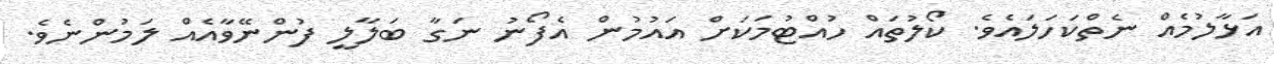
އަޅާލުމެއް ނެތްކަހަލައެވެ. ކޯލުތައް ހުއްޓުމަކަށް އައުމުން އެފޯނު ނަގާ ބަލާލީ ފުންނޭވާއެއް ލަމުންނެވެ.